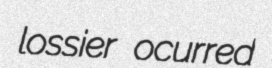
lossier ocurred